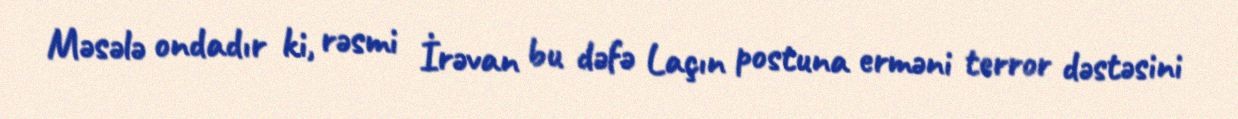
Məsələ ondadır ki, rəsmi İrəvan bu dəfə Laçın postuna erməni terror dəstəsini